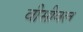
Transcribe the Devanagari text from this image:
वीसीबल